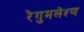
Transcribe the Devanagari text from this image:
रेगुमलेश्ण